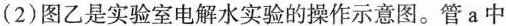
(2)图乙是实验室电解水实验的操作示意图。管a中